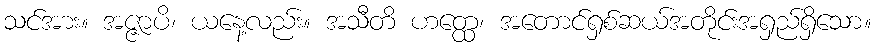
သင်အား။ အဇ္ဇာပိ၊ ယနေ့လည်း။ အသီတိ ဟတ္ထေ၊ အတောင်ရှစ်ဆယ်အတိုင်းအရှည်ရှိသော။